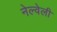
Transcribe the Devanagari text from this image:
नेल्वेली